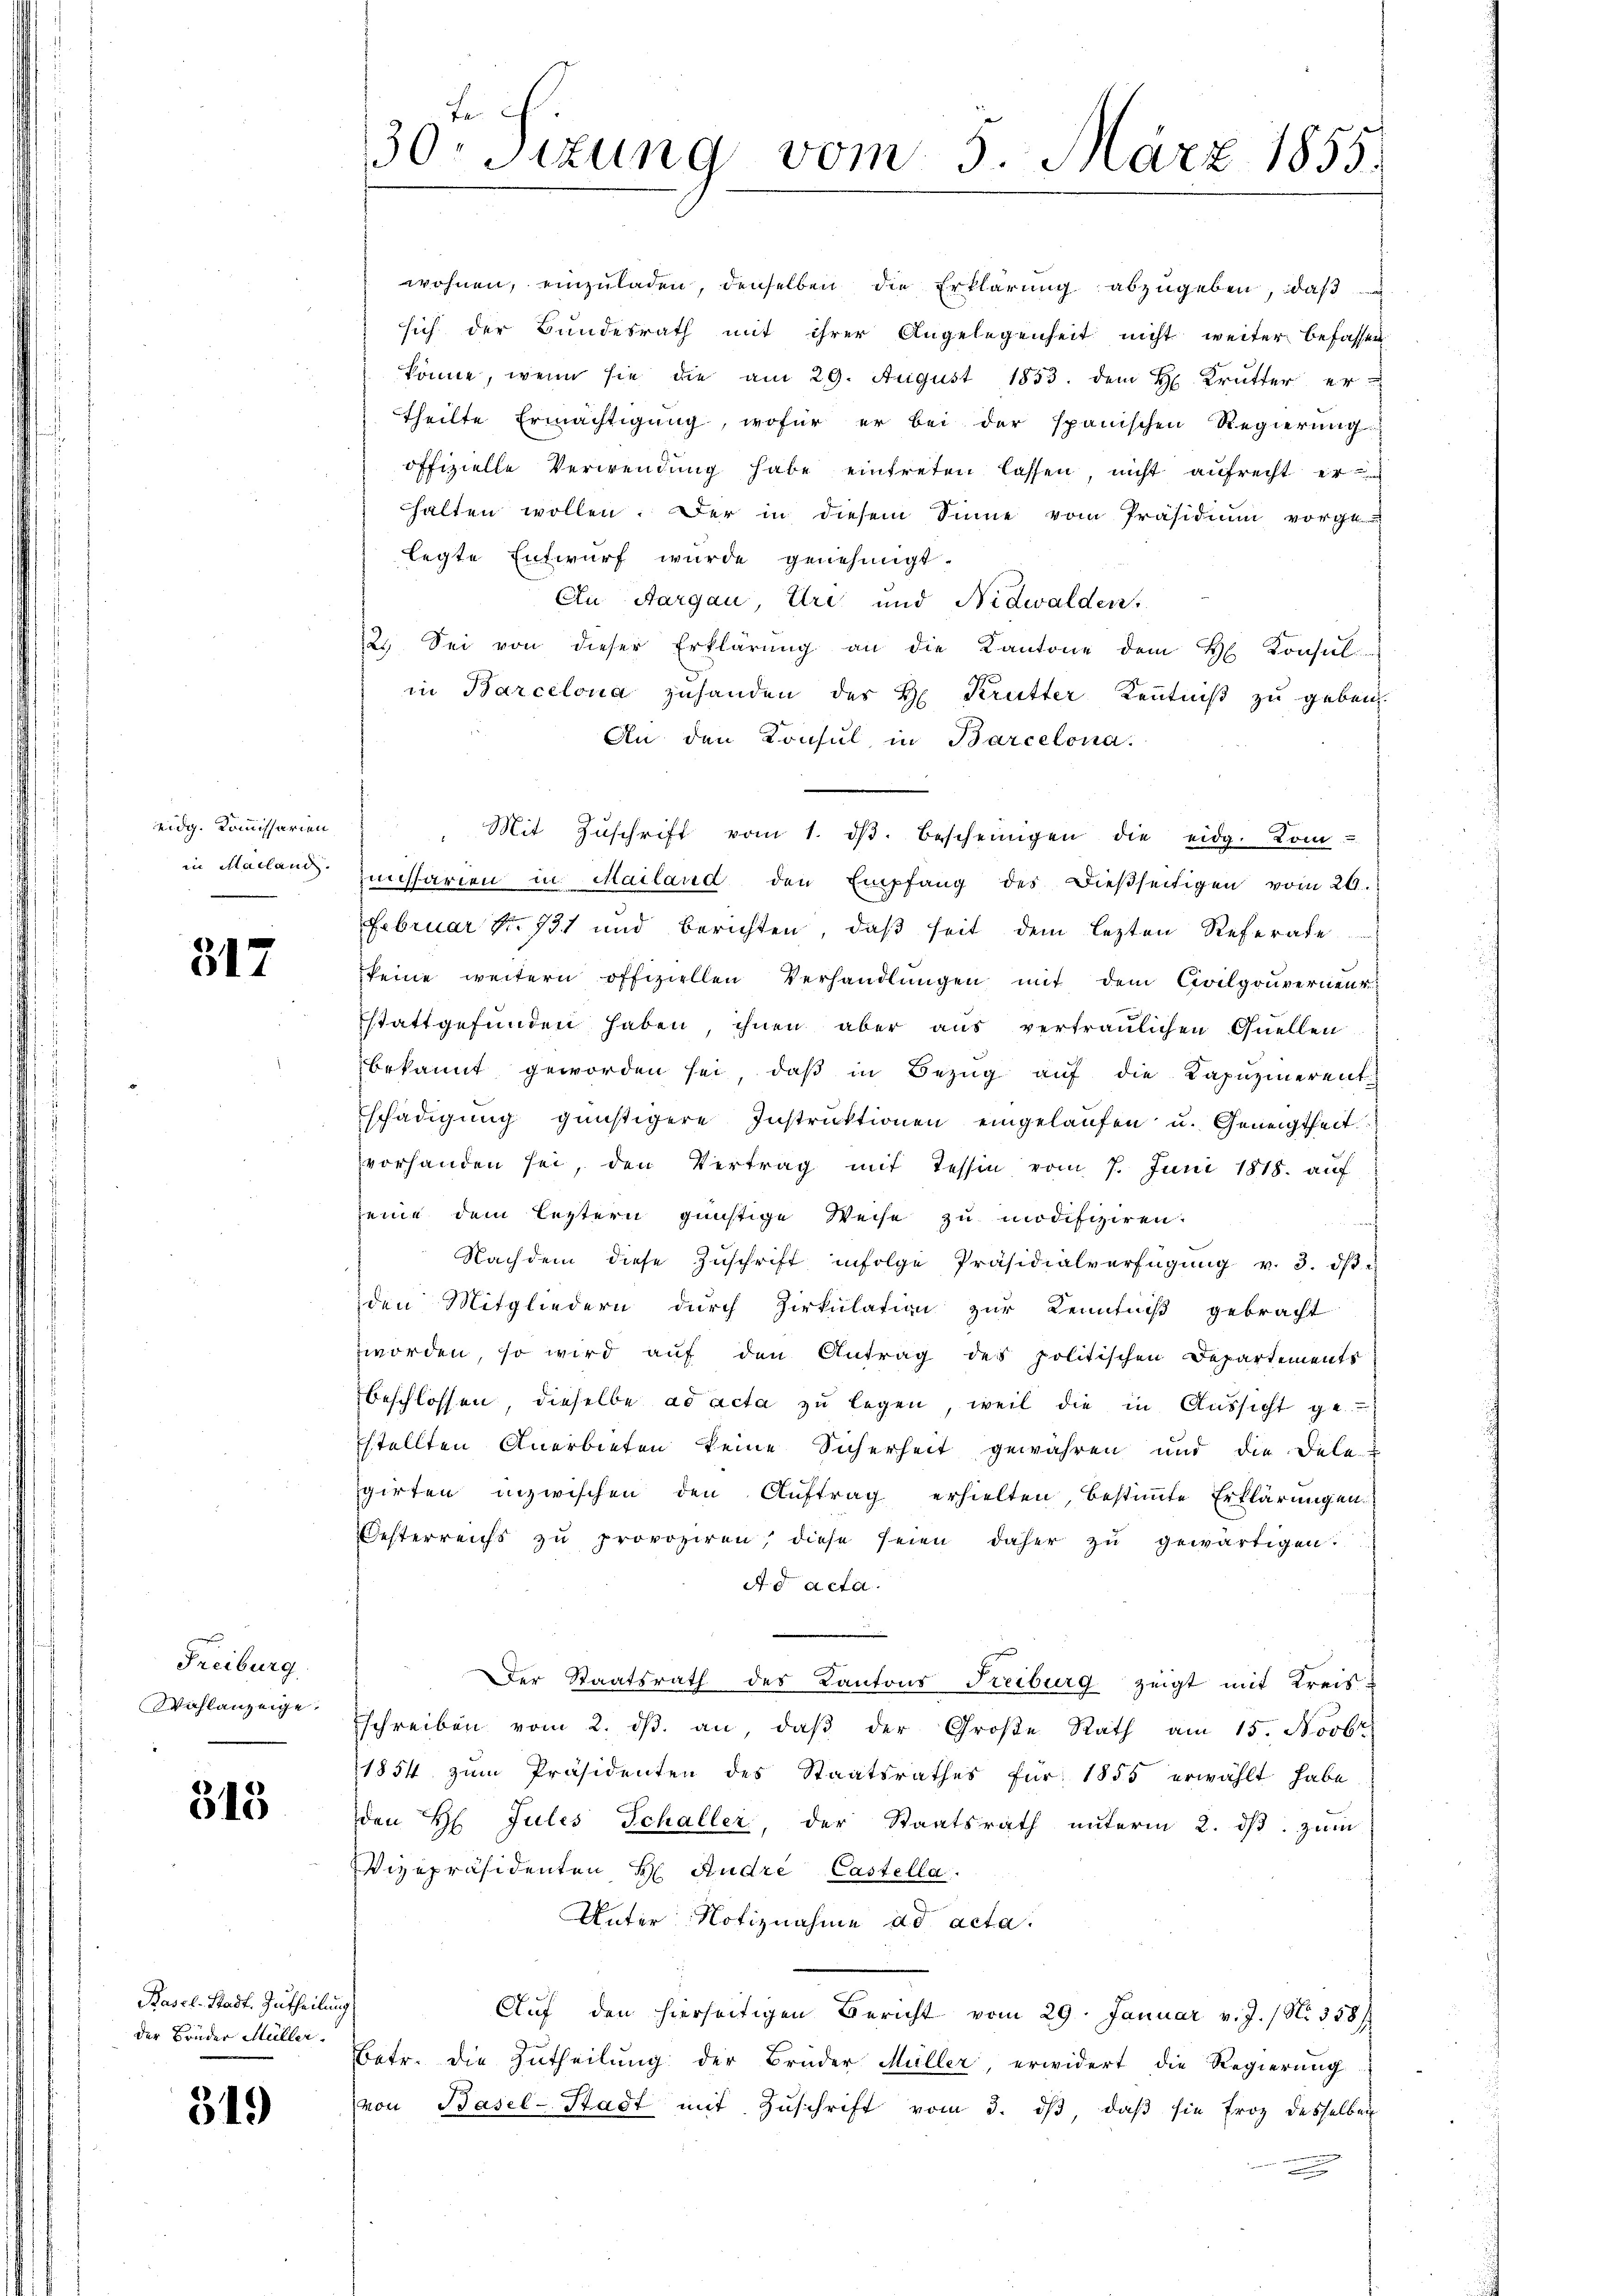
eidg. Kommissarien

317

Freiburg.
Wohlanzeige

313

Basel-Stadt. Zutheilung
der Bruder Müller.

319

wohnen, einzuladen, denselben die Erklärung abzugeben, daß
sich der Bundesrath mit ihrer Angelegenheit nicht weiter befassen
könne, wenn sie die am 29. August 1853. dem H. Krutter er
theilte Ermächtigung, wofür er bei der spanischen Regierung
offizielle Verwendung habe eintreten lassen, nicht aufrecht erhalten wollen. Der in diesem Sinne vom Präsidium vorge
legte Entwurf wurde genehmigt.
An Aargau, Uri und Nidwalden,
2. Sei von dieser Erklärŭng an die Kantone dem H. Konsul
in Barcelona zuhanden des H. Krutter Kenntniß zu geben
An den Konsul in Barcelona.
in Mailand missarien in Mailand den Empfang des Dieβseitigen vom 20.
Februar Nr. 731 und berichten, daß seit dem lezten Referate
keine weitern offiziellen Verhandlungen mit dem Civilgouverneur
stattgefunden haben, ihnen aber aus vertraulichen Quellen
bekannt geworden sei, daβ in Bezug auf die Kapuzinerent
schädigung günstigere Instruktionen eingelaŭfen u. Geneigtheit
vorhanden sei, den Vertrag mit Tessin vom 7. Juni 1818. auf
seine dem leztern günstige Weise zu modifiziren.
Nachdem diese Zŭschrift infolge Präsidialverfügŭng v. 3. dβ
den Mitgliedern durch Zirkulation zur Kenntniß gebracht
worden, so wird auf den Antrag des politischen Departements
beschlossen, dieselbe ad acta zu legen, weil die in Aussicht ge-
stellten Anerbieten keine Sicherheit gewähren und die Dele-
girten inzwischen den Aŭftrag erhielten, bestimmte Erklärungen
Oesterreicht zu provoziren, diese seien daher zu gewärtigen.
Ad acta.
Der Staatsrath des Kantons Freiburg zeigt mit Kreis-
schreiben vom 2. dβ. an, daβ der Große Rath am 15. Novbr
1854 zum Präsidenten des Staatsrathes für 1855 erwählt habe
den H. Jules Schaller, der Staatsrath unterm 2. ds. zum
Vizepräsidenten H. Andre Castella.
Unter Notiznahme ad acta.
Auf den hierseitigen Bericht vom 29. Januar v. J. / No. 358/
Betr. die Zutheilung der Brüder Müller, erwidert die Regierung
von Basel-Stadt mit Zŭschrift vom 3. dβ, daβ sie froz desselben

F
30. Sitzung vom 5. März 1855.

Mit Zŭschrift vom 1. dβ bescheinigen die eidg. Kom-